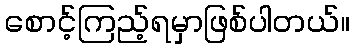
စောင့်ကြည့်ရမှာဖြစ်ပါတယ်။